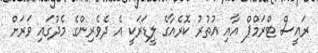
ރައީސް ޓްރަމްޕް އާއި އުތުރު ކޮރެއާގެ ލީޑަރަކީ އެ ދެވެރިންގެ މެދުގައި ވަރަށް